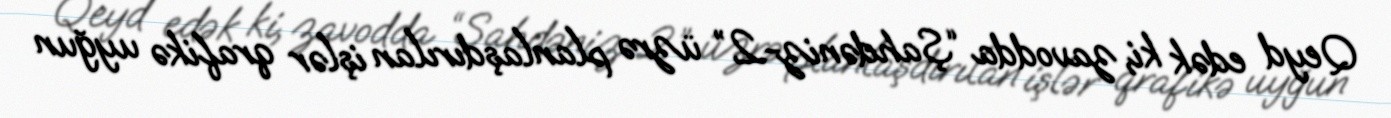
Qeyd edək ki, zavodda “Şahdəniz-2” üzrə planlaşdırılan işlər qrafikə uyğun